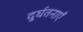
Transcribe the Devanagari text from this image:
दुर्घतनाएँ